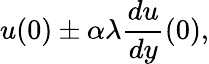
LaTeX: u(0)\pm\alpha\lambda{\frac{du}{dy}}(0),